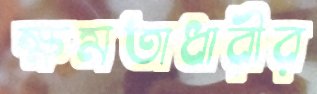
ক্ষমতাধারীর